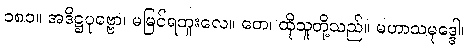
၁၈၁။ အဒိဋ္ဌပုဗ္ဗော၊ မမြင်ရဘူးလေ။ တေ၊ ထိုသူတို့သည်။ မဟာသမုဒ္ဒေါ၊